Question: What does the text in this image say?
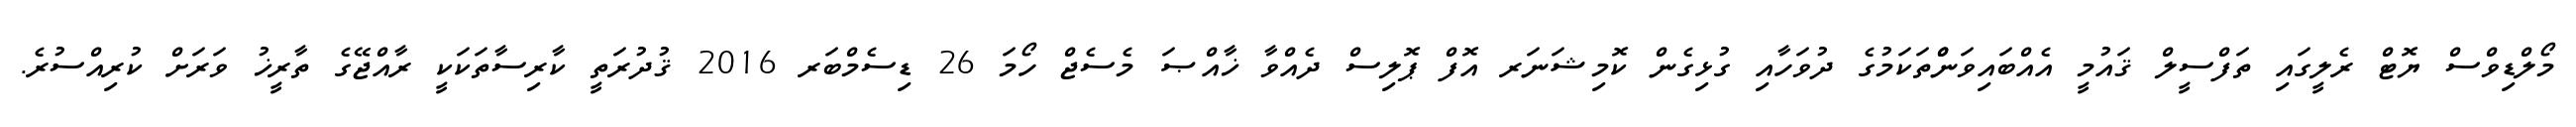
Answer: މޯލްޑިވްސް ޔޮޓް ރެލީގައި ތަފްސީލް ޤައުމީ އެއްބައިވަންްތަކަމުގެ ދުވަހާއި ގުޅިގެން ކޮމިޝަނަރ އޮފް ޕޮލިސް ދެއްވާ ޚާއްޞަ މެސެޖް ހޯމަ 26 ޑިސެމްބަރ 2016 ޤުދުރަތީ ކާރިސާތަކަކީ ރާއްޖޭގެ ތާރީޚު ވަރަށް ކުރިއްސުރެ.